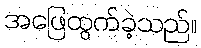
အဖြေထွက်ခဲ့သည်။